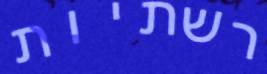
רשתיות